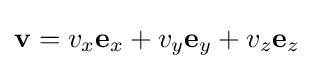
\mathbf {v} =v_{x}\mathbf {e} _{x}+v_{y}\mathbf {e} _{y}+v_{z}\mathbf {e} _{z}